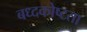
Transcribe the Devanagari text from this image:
बध्दकोष्टता